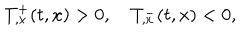
T _ { , x } ^ { + } ( t , x ) > 0 , \quad T _ { , x } ^ { - } ( t , x ) < 0 ,